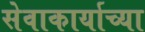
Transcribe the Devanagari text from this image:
सेवाकार्याच्या